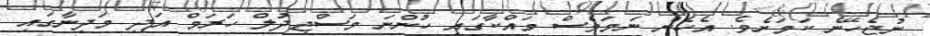
ނުޖެހޭނެ ކަމަށެވެ. އެހެން ނަމަވެސް މައްކާގައި ހުންނަ މަސްޖިދުލް ހަރަމް އަދި މަދީނާގައި